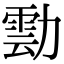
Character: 𭅀